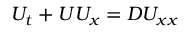
U _ { t } + U U _ { x } = D U _ { x x }